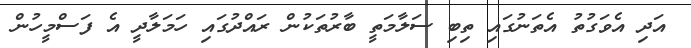
އަދި އެވަގުތު އެތަނުގައި ތިބި ސަލާމަތީ ބާރުތަކުން ރައްދުގައި ހަމަލާދީ އެ ފަސްމީހުން